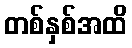
တစ်နှစ်အထိ